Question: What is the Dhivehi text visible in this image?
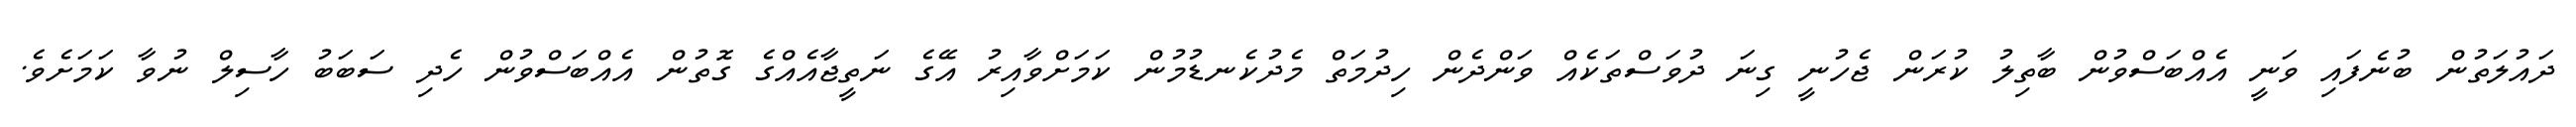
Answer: ދައުލަތުން ބުނެފައި ވަނީ އެއްބަސްވުން ބާތިލު ކުރަން ޖެހުނީ ގިނަ ދުވަސްތަކެއް ވަންދެން ހިދުމަތް މެދުކެނޑުމުން ކަމަށްވާއިރު އޭގެ ނަތީޖާއެއްގެ ގޮތުން އެއްބަސްވުން ހެދި ސަބަބު ހާސިލް ނުވާ ކަމަށެވެ.